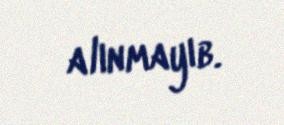
alınmayıb.